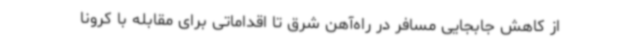
از کاهش جابجایی مسافر در راه‌آهن شرق تا اقداماتی برای مقابله‌ با کرونا